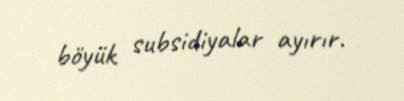
böyük subsidiyalar ayırır.